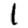
Digit: 1